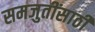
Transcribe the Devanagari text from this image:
समजुतींसाठी